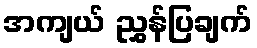
အကျယ် ညွှန်ပြချက်